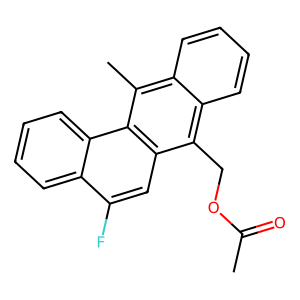
SMILES: CC(=O)OCc1c2ccccc2c(C)c2c1cc(F)c1ccccc12
Inhibits HIV replication: No